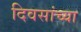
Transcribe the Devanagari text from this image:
दिवसांच्‍या